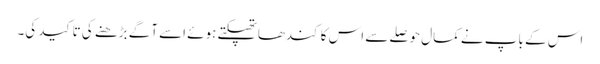
اس کے باپ نے کمال حوصلے سے اس کا کندھاتھپکتے ہوئے اسے آگے بڑھنے کی تاکید کی۔